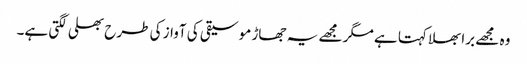
وہ مجھے برا بھلا کہتا ہے مگر مجھے یہ جھاڑ موسیقی کی آواز کی طرح بھلی لگتی ہے۔